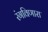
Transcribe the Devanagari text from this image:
रंगविणारा